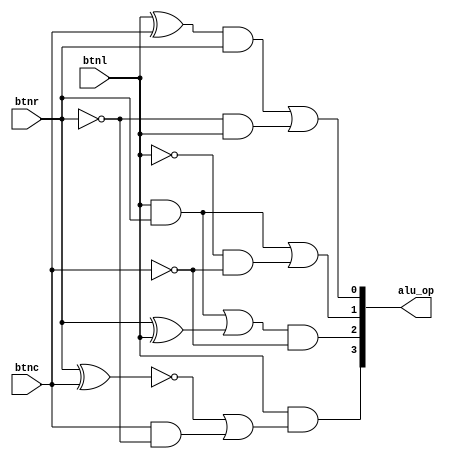
module decoder(output wire[3:0] alu_op, input wire btnc, btnl, btnr);

//combinational logic to produce alu_op[0]
not (p1, btnr);
xor (p2, btnl, btnc);
and (p3, p2, btnr);
and (p4, p1, btnl);
or (alu_op[0], p3, p4);

//combinational logic to produce alu_op[1]
not (p5, btnl);
not (p6, btnc);
and (p7, btnl, btnr);
and (p8, p5, p6);
or  (alu_op[1], p7, p8);

//combinational logic to produce alu_op[2]
and (p9, btnr, btnl);
xor (p10, btnr, btnl);
or  (p11, p9, p10);
not (p12, btnc);
and (alu_op[2], p11, p12);

//combinational logic to produce alu_op[3]
xnor(p13, btnr, btnc);
not (p14, btnr);
and (p15, btnc, p14);
or  (p16, p13, p15);
and (alu_op[3], btnl, p16);


endmodule